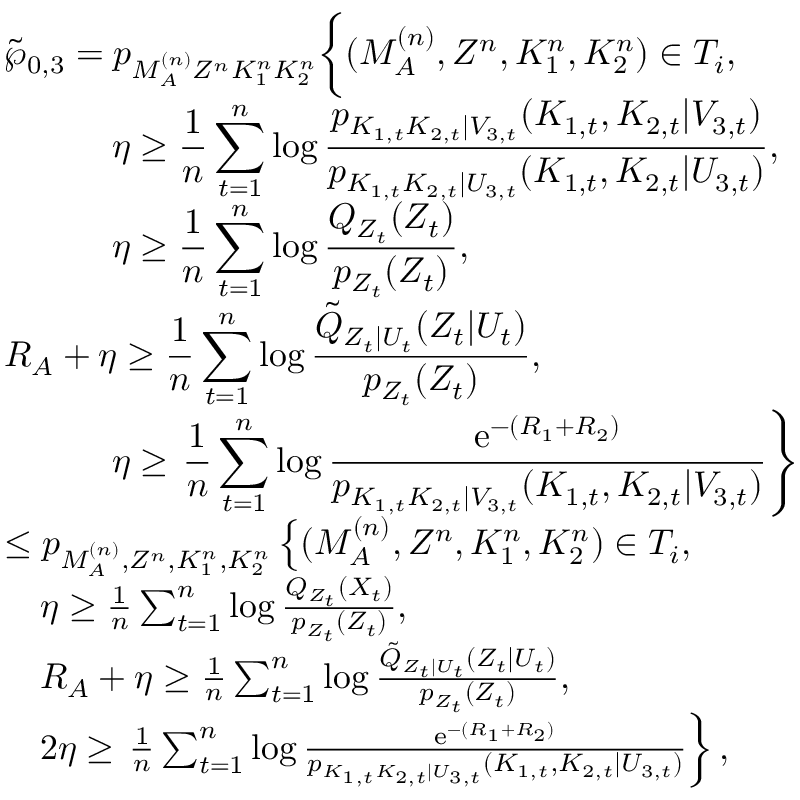
\begin{array} { r l } & { \tilde { \wp } _ { 0 , 3 } = p _ { M _ { \cal A } ^ { ( n ) } Z ^ { n } K _ { 1 } ^ { n } K _ { 2 } ^ { n } } \biggl \{ ( M _ { \cal A } ^ { ( n ) } , Z ^ { n } , K _ { 1 } ^ { n } , K _ { 2 } ^ { n } ) \in { \cal T } _ { i } , } \\ & { \qquad \quad \displaystyle \eta \geq \frac { 1 } { n } \sum _ { t = 1 } ^ { n } \log \frac { p _ { K _ { 1 , t } K _ { 2 , t } | V _ { 3 , t } } ( K _ { 1 , t } , K _ { 2 , t } | V _ { 3 , t } ) } { p _ { K _ { 1 , t } K _ { 2 , t } | U _ { 3 , t } } ( K _ { 1 , t } , K _ { 2 , t } | U _ { 3 , t } ) } , } \\ & { \qquad \quad \displaystyle \eta \geq \frac { 1 } { n } \sum _ { t = 1 } ^ { n } \log \frac { Q _ { Z _ { t } } ( Z _ { t } ) } { p _ { Z _ { t } } ( Z _ { t } ) } , } \\ & { \displaystyle R _ { \cal A } + \eta \geq \frac { 1 } { n } \sum _ { t = 1 } ^ { n } \log \frac { \tilde { Q } _ { Z _ { t } | U _ { t } } ( Z _ { t } | U _ { t } ) } { p _ { Z _ { t } } ( Z _ { t } ) } , } \\ & { \qquad \quad \displaystyle \eta \geq \left. \frac { 1 } { n } \sum _ { t = 1 } ^ { n } \log \frac { \mathrm { e } ^ { - ( R _ { 1 } + R _ { 2 } ) } } { p _ { K _ { 1 , t } K _ { 2 , t } | V _ { 3 , t } } ( K _ { 1 , t } , K _ { 2 , t } | V _ { 3 , t } ) } \right\} } \\ & { \leq p _ { M _ { \cal A } ^ { ( n ) } , Z ^ { n } , K _ { 1 } ^ { n } , K _ { 2 } ^ { n } } \left\{ ( M _ { \cal A } ^ { ( n ) } , Z ^ { n } , K _ { 1 } ^ { n } , K _ { 2 } ^ { n } ) \in { \cal T } _ { i } , \right. } \\ & { \quad \eta \geq \frac { 1 } { n } \sum _ { t = 1 } ^ { n } \log \frac { Q _ { Z _ { t } } ( X _ { t } ) } { p _ { Z _ { t } } ( Z _ { t } ) } , } \\ & { \quad R _ { \cal A } + \eta \geq \frac { 1 } { n } \sum _ { t = 1 } ^ { n } \log \frac { \tilde { Q } _ { Z _ { t } | U _ { t } } ( Z _ { t } | U _ { t } ) } { p _ { Z _ { t } } ( Z _ { t } ) } , } \\ & { \quad 2 \eta \geq \left. \frac { 1 } { n } \sum _ { t = 1 } ^ { n } \log \frac { \mathrm { e } ^ { - ( R _ { 1 } + R _ { 2 } ) } } { p _ { K _ { 1 , t } K _ { 2 , t } | U _ { 3 , t } } ( K _ { 1 , t } , K _ { 2 , t } | U _ { 3 , t } ) } \right\} , } \end{array}